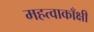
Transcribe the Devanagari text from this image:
महत्वाकाँक्षी